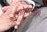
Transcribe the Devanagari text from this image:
स्तोलरस्की